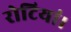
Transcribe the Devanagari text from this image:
रोटियां।